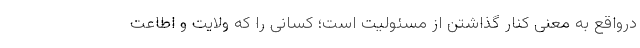
درواقع به معنی کنار گذاشتن از مسئولیت است؛ کسانی را که ولایت و اطاعت